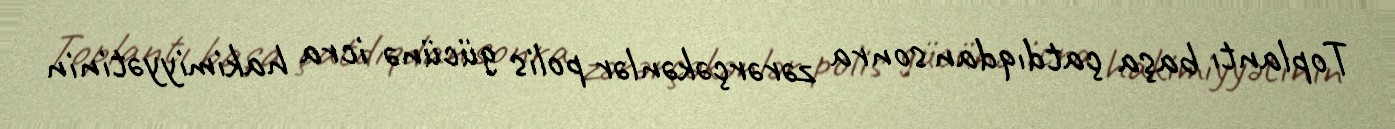
Toplantı başa çatdıqdan sonra zərərçəkənlər polis gücünə icra hakimiyyətinin